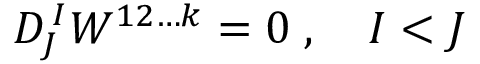
D _ { J } ^ { \, I } W ^ { 1 2 \ldots k } = 0 \; , \quad I < J